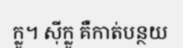
ក្លូ។ ស៊ីក្លូ គឺកាត់បន្ថយ